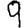
Digit: 9